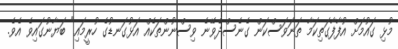
މުޅި ގައުމަށް އުފާފާގަތިކަމާ ތަނަވަސްކަން ގެނެސްދެވޭނެ ވިސްނުންތަކެއް އަޅުގަނޑުގެ ހުރީމައި" ބަޔާނުގައިވެ އެވެ.